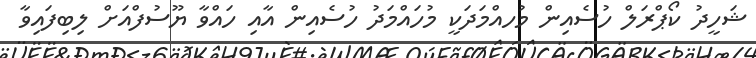
ޝަހީދު ކޯޕްރަލް ހުސެއިން މުހއްމަދަކީ މުހައްމަދު ހުސެއިން އާއި ހައްވާ ޔޫސުފްއަށް ލިބިފައިވާ